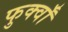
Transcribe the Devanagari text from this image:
फुर्क्वाँ